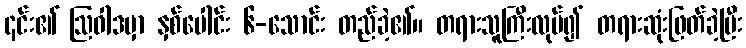
၎င်း၏ ဩဝါဒမှာ နှစ်ပေါင်း ၆-သောင်း တည်ခဲ့၏။ တရားသူကြီးလုပ်၍ တရားဆုံးဖြတ်ခဲ့ပြီး